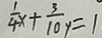
\frac { 1 } { 4 } x + \frac { 3 } { 1 0 } y = 1